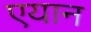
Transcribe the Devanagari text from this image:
एयान